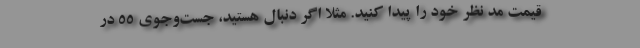
قیمت مد نظر خود را پیدا کنید. مثلا اگر دنبال هستید، جست‌وجوی ۵۵ در